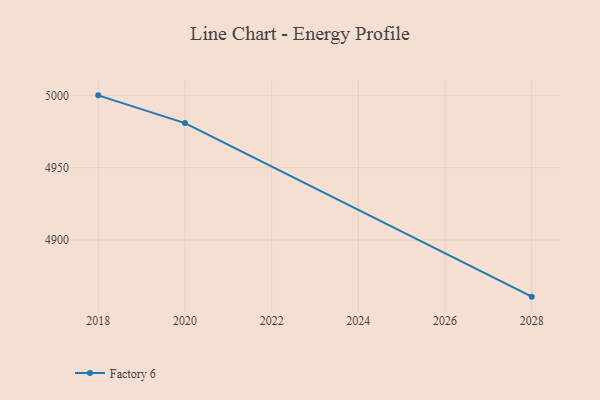
{"axis": {"x": "Year", "y": "Headcount"}, "legend": ["Factory 6"], "data": [{"x": "2028", "y": 4860.8, "type": "Factory 6"}, {"x": "2020", "y": 4980.8, "type": "Factory 6"}, {"x": "2018", "y": 5000, "type": "Factory 6"}]}